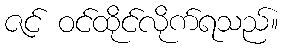
ဇင် ဝင်ထိုင်လိုက်ရသည်။